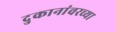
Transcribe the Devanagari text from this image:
दुकानांवरच्या